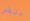
دنفر